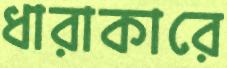
ধারাকারে